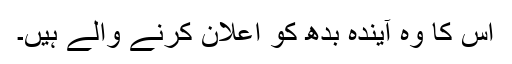
اس کا وہ آیندہ بدھ کو اعلان کرنے والے ہیں۔